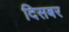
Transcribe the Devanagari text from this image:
दिसबर